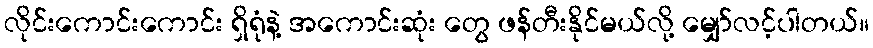
လိုင်းကောင်းကောင်း ရှိရုံနဲ့ အကောင်းဆုံး တွေ ဖန်တီးနိုင်မယ်လို့ မျှော်လင့်ပါတယ်။